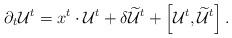
LaTeX: \begin{align*}\partial_t\mathcal U^t=x^t\cdot \mathcal U^t+\delta\widetilde{\mathcal U}^t+\left[\mathcal U^t,\widetilde{\mathcal U}^t\right].\end{align*}